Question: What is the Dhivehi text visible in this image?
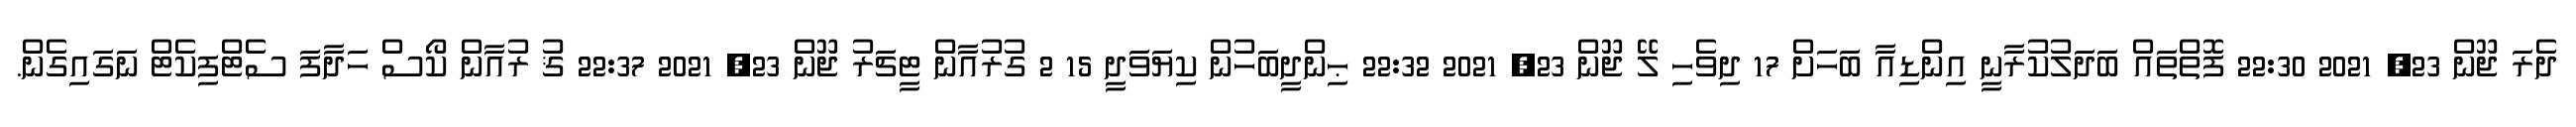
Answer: ދެރަ ޖޫން 23, 2021 22:30 ފޮތްތައް ބަދަލުކުރާނީ އިންޑިއާ ބަހަށް 17 ދިވެހި ލޭ ޖޫން 23, 2021 22:32 ޙިންދީބަހުން ކިޔަވަދީ 15 2 ގުރުއާން ޓީޗަރު ޖޫން 23, 2021 22:37 ޤު ރުއާން ކޯސް ހަދާފަ ސެޓްފިކެޓް ނަގައިގެން.